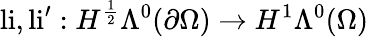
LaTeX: \mathrm{li},\mathrm{li}^{\prime}:H^{\frac{1}{2}}\Lambda^{0}(\partial\Omega)\to H^{1}\Lambda^{0}(\Omega)